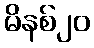
မိနစ်၂၀